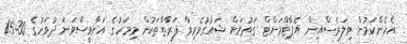
އެހެންކަމުން ވިލަރެސްއިން އެޕާޓްމަންޓް ގަތުމަށް ޝައުގުވެރިވާ ފަރާތްތަކުން މިމަހުގެ އަށާވީސްވަނަ ދުވަހުގެ 15:30